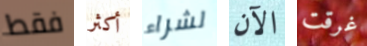
فقط أكثر لشراء الآن غرقت